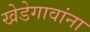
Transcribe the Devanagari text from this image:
खेडेगावांना